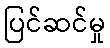
ပြင်ဆင်မှု